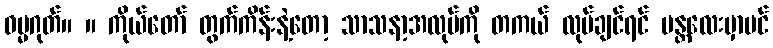
ဓမ္မဂုတ်။ ။ ကိုယ်တော် တွက်ကိန်းနဲ့တော့ သာသနာ့အလုပ်ကို တကယ် လုပ်ချင်ရင် မန္တလေးမှာပင်